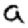
Digit: 9